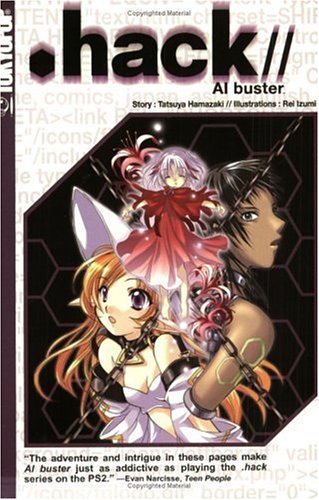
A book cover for .hack//AI buster 1 (v. 1); Tatsuya Hamazaki; Teen & Young Adult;